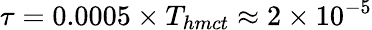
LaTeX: \tau=0.0005\times T_{hmct}\approx 2\times 10^{-5}